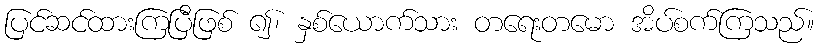
ပြင်ဆင်ထားကြပြီဖြစ် ၍၊ နှစ်ယောက်သား တရေးတမော အိပ်စက်ကြသည်။